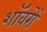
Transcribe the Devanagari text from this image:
शॉवरों